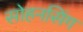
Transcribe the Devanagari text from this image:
सोहनसिंग